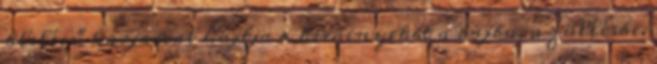
ölelésű karjaival hajtja a kicsinyeket a bajba, a züllésbe.